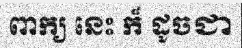
ពាក្យ នេះ ក៏ ដូចជា